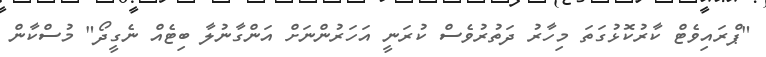
"ޕްރައިވެޓް ކާރުކޮޅުގަތަ މިހާރު ދަތުރުވެސް ކުރަނީ އަހަރުންނަށް އަންގާނުލާ ބިޓެއް ނެގީދޯ" މުސްކާން